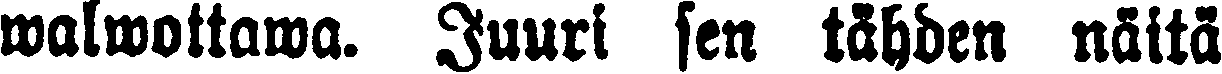
walmottawa. Juuri sen tähden näitä